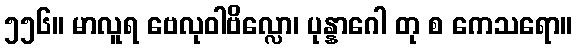
၅၅၆။ မာလူရ ဗေလုဝါဗိလ္လော၊ ပုန္နာဂေါ တု စ ကေသရော။